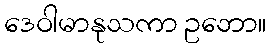
ဒေဝါမာနုသကာ ဥဘော။